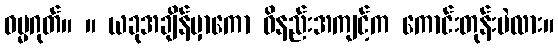
ဓမ္မဂုတ်။ ။ ယခုအချိန်မှာကော ဝိနည်းအကျင့်က ကောင်းတုန်းပဲလား။